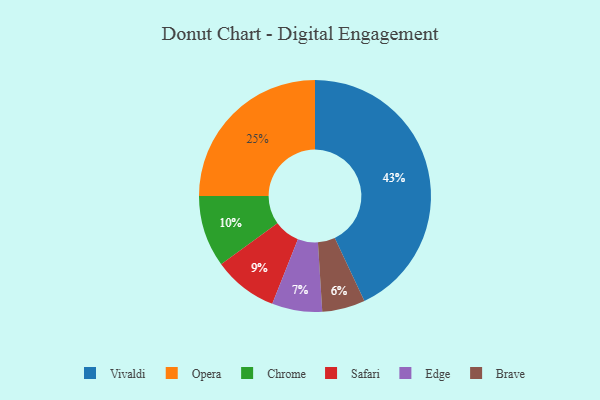
{"axis": {"x": "Category", "y": "Percentage"}, "legend": ["Brave", "Chrome", "Edge", "Opera", "Safari", "Vivaldi"], "data": [{"x": "Vivaldi", "y": 43, "type": "Vivaldi"}, {"x": "Opera", "y": 25, "type": "Opera"}, {"x": "Safari", "y": 9, "type": "Safari"}, {"x": "Chrome", "y": 10, "type": "Chrome"}, {"x": "Brave", "y": 6, "type": "Brave"}, {"x": "Edge", "y": 7, "type": "Edge"}]}